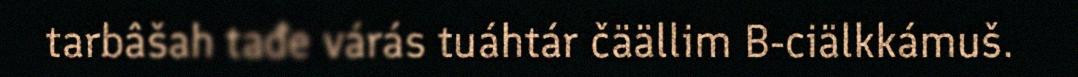
tarbâšah tađe várás tuáhtár čäällim B-ciälkkámuš.